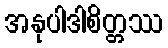
အနုပါဒါစိတ္တဿ